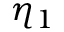
\eta _ { 1 }